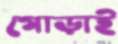
গোড়াই